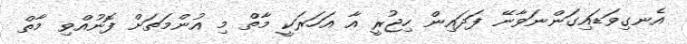
އެނގިވަޑައިގަންނަވާނޭ ފަދައިން ހިޖުރީ އާ އަހަރަކީ މާތް މި އުންމަތަށް ފޮނުއްވި މާތް